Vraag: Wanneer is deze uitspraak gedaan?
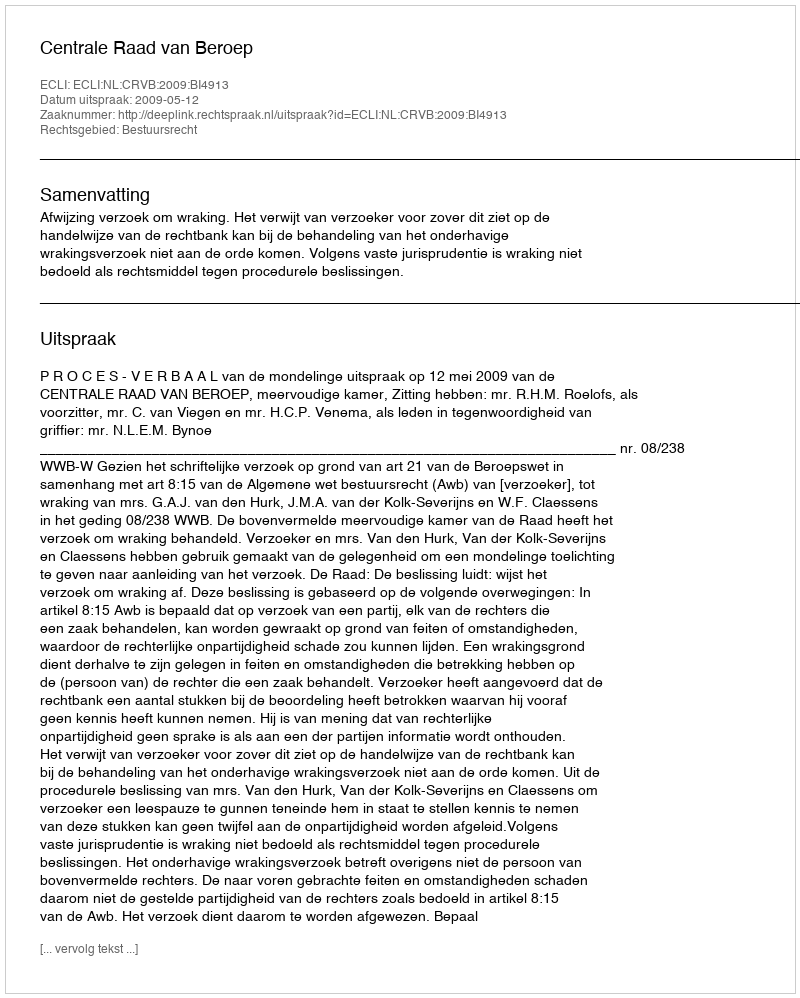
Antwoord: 2009-05-12